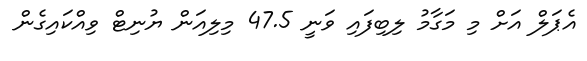
އެޕަލް އަށް މި މަގާމު ލިބިފައި ވަނީ 47.5 މިލިއަން ޔުނިޓް ވިއްކައިގެން